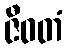
ဇီဝတံ